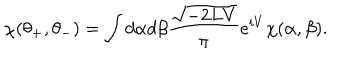
\chi ( \theta _ { + } , \theta _ { - } ) = \int d \alpha d \beta \frac { \sqrt { - 2 L V } } { \pi } e ^ { i V } \chi ( \alpha , \beta ) .